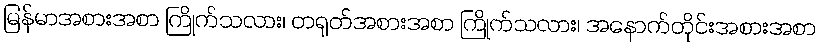
မြန်မာအစားအစာ ကြိုက်သလား၊ တရုတ်အစားအစာ ကြိုက်သလား၊ အနောက်တိုင်းအစားအစာ